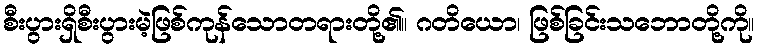
စီးပွားရှိစီးပွားမဲ့ဖြစ်ကုန်သောတရားတို့၏။ ဂတိယော၊ ဖြစ်ခြင်းသဘောတို့ကို။